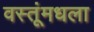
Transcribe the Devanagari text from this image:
वस्तूंमधला